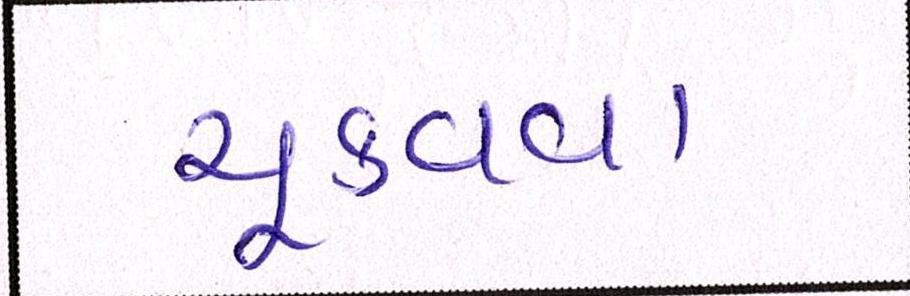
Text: ચૂકવવા